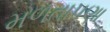
મળતાપણા